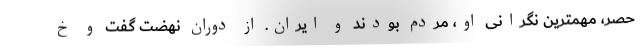
حصر، مهمترین نگرانی او، مردم بودند و ایران. از دوران نهضت گفت و خ